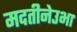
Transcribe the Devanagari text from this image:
मदतीनेउभा